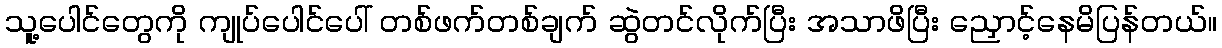
သူ့ပေါင်တွေကို ကျုပ်ပေါင်ပေါ် တစ်ဖက်တစ်ချက် ဆွဲတင်လိုက်ပြီး အသာဖိပြီး ညှောင့်နေမိပြန်တယ်။